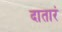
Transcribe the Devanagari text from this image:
दातारं